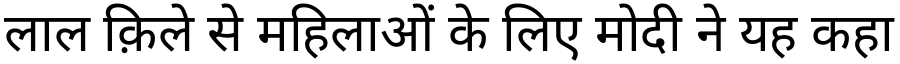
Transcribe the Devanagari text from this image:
लाल क़िले से महिलाओं के लिए मोदी ने यह कहा